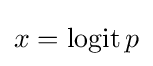
x={\text{logit}}\,p